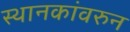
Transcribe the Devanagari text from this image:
स्थानकांवरुन